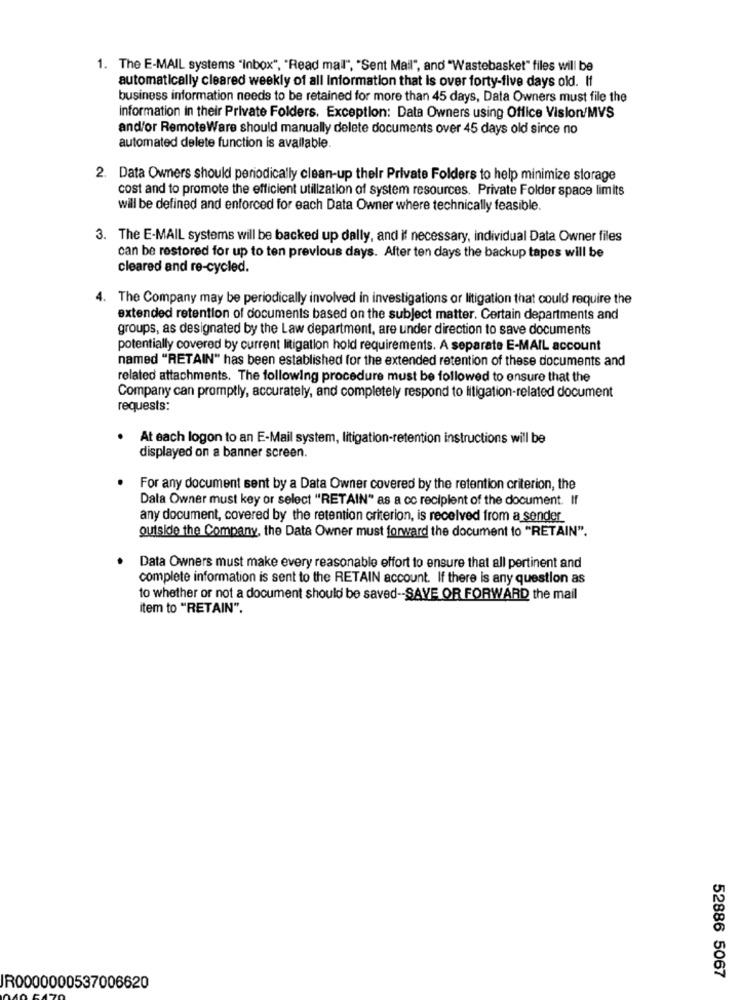
1. The E-MAIL systems "inbox", "Read mall", "Sent Mail", and "Wastebasket" files will be
automatically cleared weekly of all Information that is over forty-five days old. If
business information needs to be retained for more than 45 days, Data Owners must file the
Information in their Private Folders. Exception: Data Owners using Office Vision/MVS
and/or RemoteWare should manually delete documents over 45 days old since no
automated delete function is available.
2. Data Owners should periodically clean-up thelr Private Folders to help minimize storage
cost and to promote the efficient utilization of system resources. Private Folder space limits
will be defined and enforced for each Data Owner where technically feasible.
3. The E-MAIL systems will be backed up dally, and if necessary, individual Data Owner files
can be restored for up to ten previous days. After ten days the backup tapes will be
cleared and re-cycled.
4. The Company may be periodically involved in investigations or litigation that could require the
extended retention of documents based on the subject matter. Certain departments and
groups, as designated by the Law department, are under direction to save documents
potentially covered by current litigation hold requirements. A separate E-MAIL account
named "RETAIN" has been established for the extended retention of these documents and
related attachments. The following procedure must be followed to ensure that the
Company can promptly, accurately, and completely respond to litigation-related document
requests:
At each logon to an E-Mail system, litigation-retention instructions will be
displayed on a banner screen.
For any document sent by a Data Owner covered by the retention criterion, the
Data Owner must key or select "RETAIN" as a co recipient of the document. If
any document, covered by the retention criterion, is received from a sender
outside the Company, the Data Owner must forward the document to "RETAIN".
Data Owners must make every reasonable effort to ensure that all pertinent and
complete information is sent to the RETAIN account. If there is any question as
to whether or not a document should be saved -- SAVE OR FORWARD the mail
item to "RETAIN".
52886 5067
IR0000000537006620